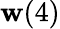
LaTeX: \mathbf{w}(4)